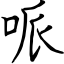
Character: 哌